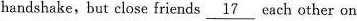
handshake,but close friends \underline{17} each other on